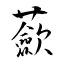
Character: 蘝